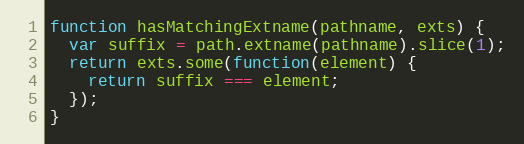
Language: JavaScript
function hasMatchingExtname(pathname, exts) {
  var suffix = path.extname(pathname).slice(1);
  return exts.some(function(element) {
    return suffix === element;
  });
}